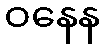
ဝနေန